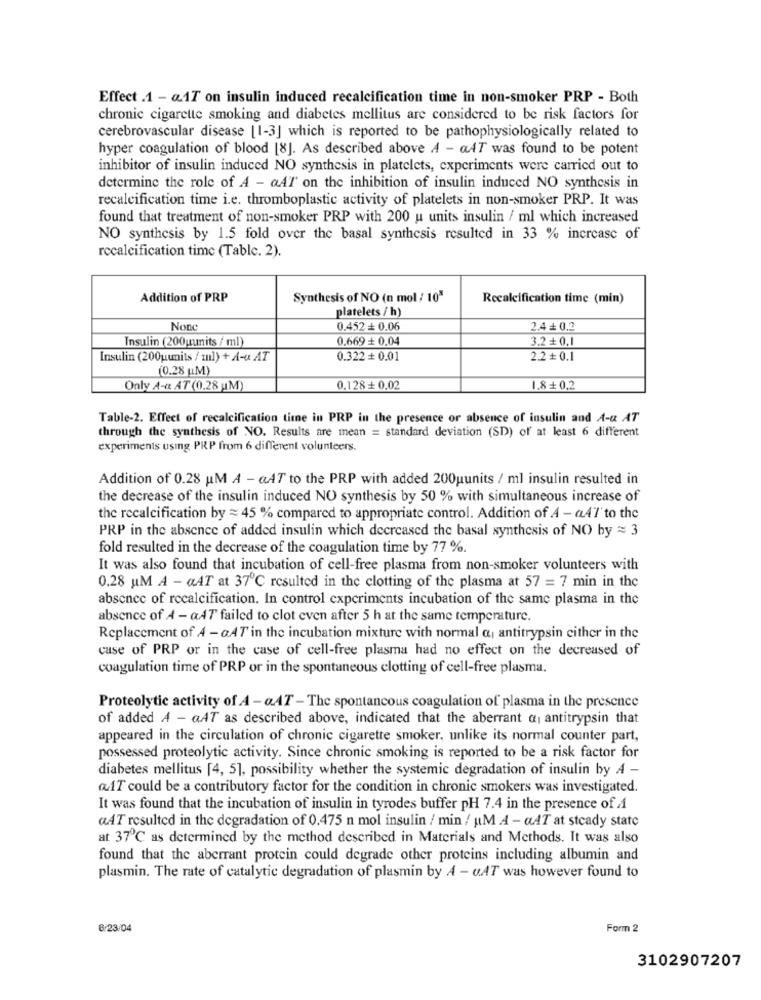
Effect .1 - @17 on insulin induced recalcification time in non-smoker PRP - Both
chronic cigarette smoking and diabetes mellitus are considered to be risk factors for
cerebrovascular disease [1-3] which is reported to be pathophysiologically related to
hyper coagulation of blood [8]. As described above A - aAT was found to be potent
inhibitor of insulin induced NO synthesis in platelets, experiments were carried out to
determine the role of A - aAT on the inhibition of insulin induced NO synthesis in
recalcification time i.e. thromboplastic activity of platelets in non-smoker PRP. It was
found that treatment of non-smoker PRP with 200 u units insulin / ml which increased
NO synthesis by 1.5 fold over the basal synthesis resulted in 33 % increase of
recalcification time (Table. 2).
Addition of PRP
Synthesis of NO (n mol / 10"
Recalcification time (min)
platelets / h)
0.452 + 0.06
2.4 + 0.2
Insulin (200uunits / ml)
0.669 + 0.04
3.2+ 0.1
Insulin (200uunits / ml) + A-Q AT
0.322 + 0.01
2.2 + 0.1
(0.28 UM)
Only A-a AT (0.28 M)
0.128+ 0.02
1.8+ 0.2
Table-2. Effect of recalcification time in PRP in the presence or absence of insulin and A-a AT
through the synthesis of NO. Results are mean = standard deviation (SD) of at least 6 different
experiments using PRP from 6 different volunteers.
Addition of 0.28 uM A - GAT to the PRP with added 200uunits / ml insulin resulted in
the decrease of the insulin induced NO synthesis by 50 % with simultaneous increase of
the recalcification by = 45 % compared to appropriate control. Addition of A - a47'to the
PRP in the absence of added insulin which decreased the basal synthesis of NO by = 3
fold resulted in the decrease of the coagulation time by 77 %.
It was also found that incubation of cell-free plasma from non-smoker volunteers with
0.28 uM A - «AT at 37℃ resulted in the clotting of the plasma at 57 = 7 min in the
absence of recalcification. In control experiments incubation of the same plasma in the
absence of A - aAT failed to clot even after 5 h at the same temperature.
Replacement of 4 - aAT in the incubation mixture with normal a antitrypsin either in the
case of PRP or in the case of cell-free plasma had no effect on the decreased of
coagulation time of PRP or in the spontaneous clotting of cell-free plasma.
Proteolytic activity of A - qAT - The spontancous coagulation of plasma in the presence
of added A - GAT as described above, indicated that the aberrant & antitrypsin that
appeared in the circulation of chronic cigarette smoker, unlike its normal counter part,
possessed proteolytic activity. Since chronic smoking is reported to be a risk factor for
diabetes mellitus [4, 5], possibility whether the systemic degradation of insulin by A -
aAT could be a contributory factor for the condition in chronic smokers was investigated.
It was found that the incubation of insulin in tyrodes buffer pH 7.4 in the presence of A
«AT resulted in the degradation of 0.475 n mol insulin / min / M A - «AT at steady state
at 37℃ as determined by the method described in Materials and Methods. It was also
found that the aberrant protein could degrade other proteins including albumin and
plasmin. The rate of catalytic degradation of plasmin by A - c.AT was however found to
6/23/04
Form 2
3102907207